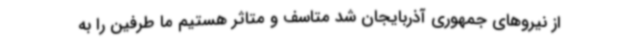
از نیروهای جمهوری آذربایجان شد متاسف و متاثر هستیم ما طرفین را به